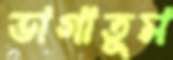
ভাগাতুম